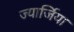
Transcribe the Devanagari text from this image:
ज्यार्जिया